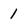
Character: 1